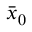
\bar { x } _ { 0 }